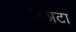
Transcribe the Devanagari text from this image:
उअटा